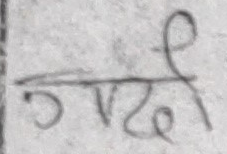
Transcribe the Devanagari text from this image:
जगदी